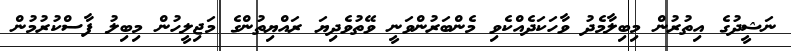
ނަޝީދުގެ އިތުރުން މިބިލާމެދު ވާހަކަދެއްކެވި މެންބަރުންވަނީ ވޭތުވެދިޔަ ރައްޔިތުންގެ މަޖިލީހުން މިބިލު ފާސްކުރުމުން